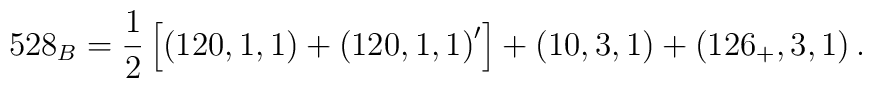
528_B=\frac 12\left[ \left( 120,1,1\right) +\left( 120,1,1\right) ^{\prime}\right] +\left( 10,3,1\right) +\left( 126_{+},3,1\right) .